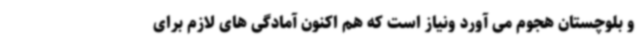
و بلوچستان هجوم می آورد ونیاز است که هم اکنون آمادگی های لازم برای